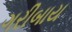
ગરીબાય